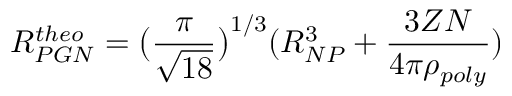
R _ { P G N } ^ { t h e o } = \big ( \frac { \pi } { \sqrt { 1 8 } } \big ) ^ { 1 / 3 } ( R _ { N P } ^ { 3 } + \frac { 3 Z N } { 4 \pi \rho _ { p o l y } } )